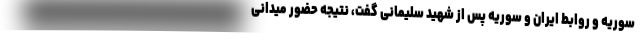
سوریه و روابط ایران و سوریه پس از شهید سلیمانی گفت، نتیجه حضور میدانی